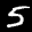
Label: 5